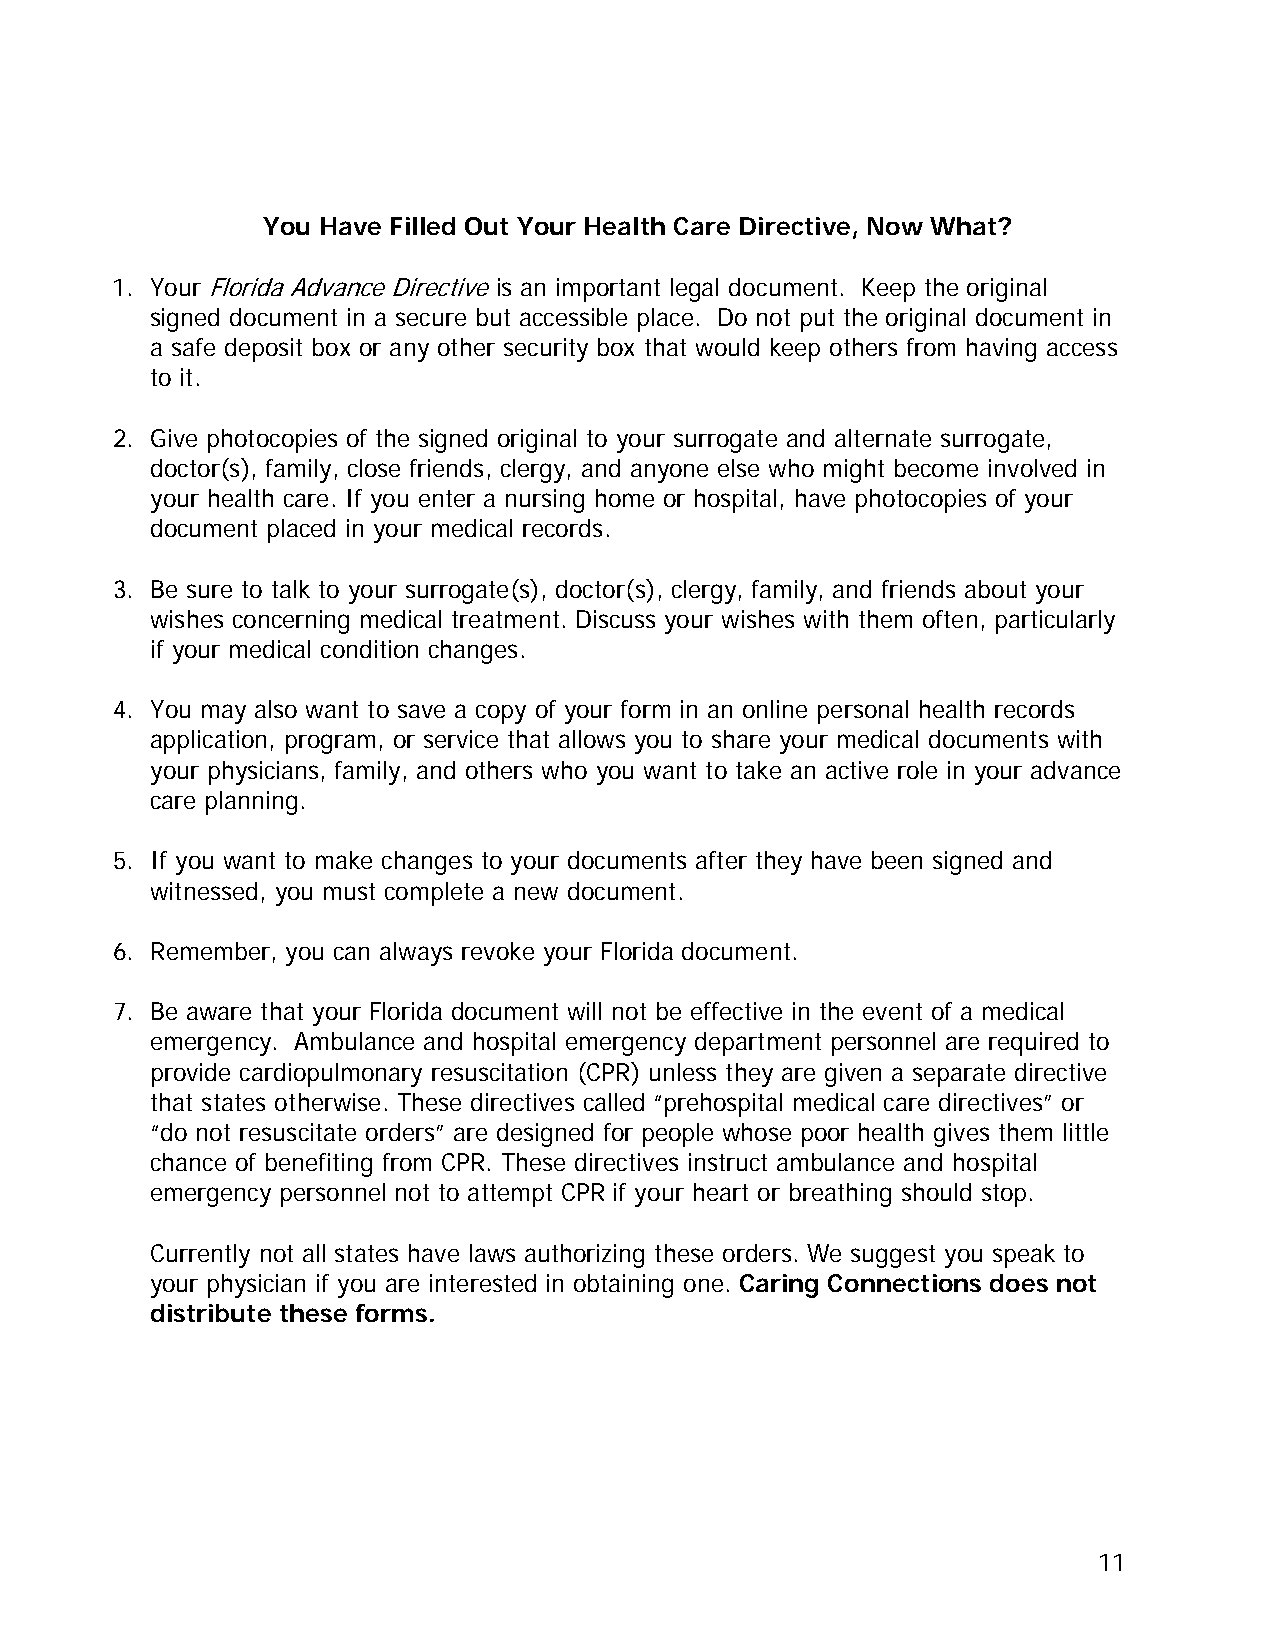
You Have Filled Out Your Health Care Directive, Now What?
 1. Your Florida Advance Directive is an important legal document. Keep the original
 signed document in a secure but accessible place. Do not put the original document in
 a safe deposit box or any other security box that would keep others from having access
 to it.
 2. Give photocopies of the signed original to your surrogate and alternate surrogate,
 doctor(s), family, close friends, clergy, and anyone else who might become involved in
 your health care. If you enter a nursing home or hospital, have photocopies of your
 document placed in your medical records.
 3. Be sure to talk to your surrogate(s), doctor(s), clergy, family, and friends about your
 wishes concerning medical treatment. Discuss your wishes with them often, particularly
 if your medical condition changes.
 4. You may also want to save a copy of your form in an online personal health records
 application, program, or service that allows you to share your medical documents with
 your physicians, family, and others who you want to take an active role in your advance
 care planning.
 5. If you want to make changes to your documents after they have been signed and
 witnessed, you must complete a new document.
 6. Remember, you can always revoke your Florida document.
 7. Be aware that your Florida document will not be effective in the event of a medical
 emergency. Ambulance and hospital emergency department personnel are required to
 provide cardiopulmonary resuscitation (CPR) unless they are given a separate directive
 that states otherwise. These directives called “prehospital medical care directives” or
 “do not resuscitate orders” are designed for people whose poor health gives them little
 chance of benefiting from CPR. These directives instruct ambulance and hospital
 emergency personnel not to attempt CPR if your heart or breathing should stop.
 Currently not all states have laws authorizing these orders. We suggest you speak to
 your physician if you are interested in obtaining one. Caring Connections does not
 distribute these forms.
 11